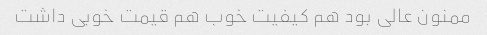
ممنون عالی بود هم کیفیت خوب هم قیمت خوبی داشت